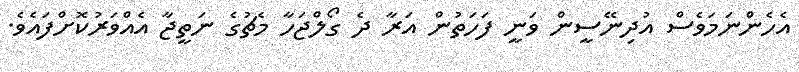
އެހެންނަމަވެސް އުދިނޭސީން ވަނީ ފަހަތުން އަރާ ދެ ގޯލްޖަހާ މެޗުގެ ނަތީޖާ އެއްވަރުކޮށްފައެވެ.